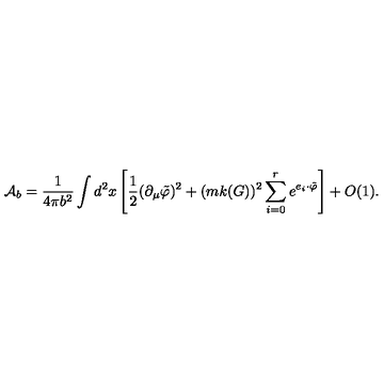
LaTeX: { \cal A } _ { b } = \frac { 1 } { 4 \pi b ^ { 2 } } \int d ^ { 2 } x \left[ \frac 1 { 2 } ( \partial _ { \mu } \tilde { \varphi } ) ^ { 2 } + ( m k ( G ) ) ^ { 2 } \sum _ { i = 0 } ^ { r } e ^ { e _ { i } \cdot \tilde { \varphi } } \right] + O ( 1 ) .